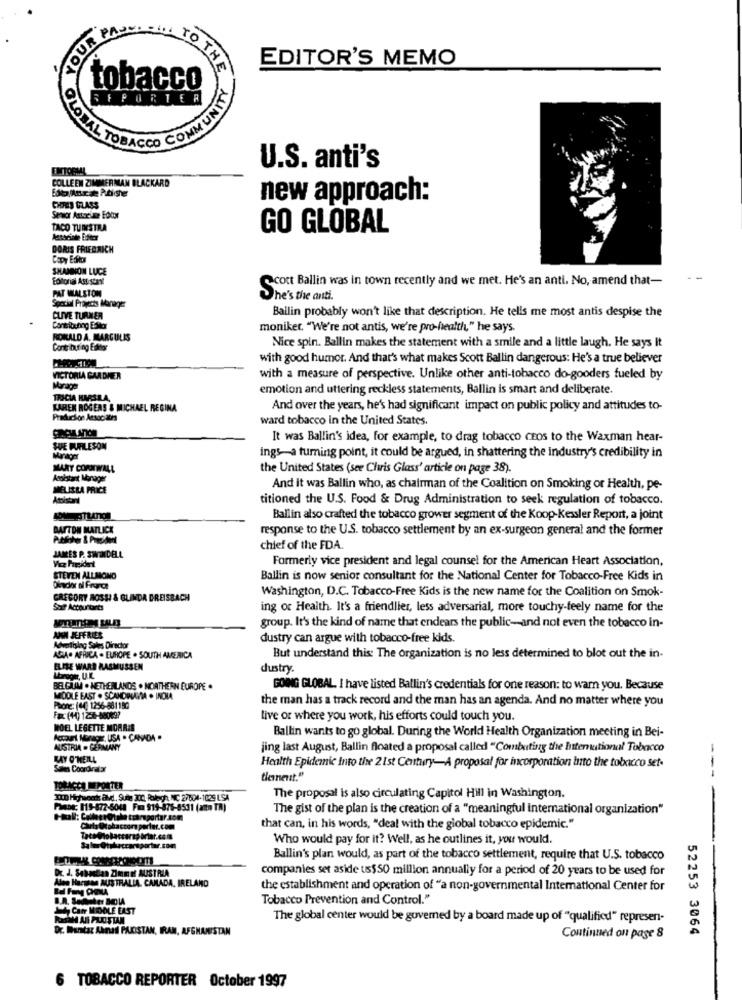
YOUR
TH
EDITOR'S MEMO
tobacco
PORTER
MUN
EMTORMY
U.S. anti's
COLLEEN ZIMMERMAN BLACKARD
new approach:
CHIES GLASS
Senior Attarianne Edoor
TACO TUINSTRA
GO GLOBAL
Associate Editor
DORIS FRIEDRICH
Copy Editor
SHANNON LUCE
Fotorial Ast stat
--
PAT WALSTON
Scott Ballin was in town recently and we met. He's an anti. No, amend that-
She's the anti.
Special Projects Manager
Bailin probably won't like that description. He tells me most antis despise the
CLIVE TURNER
Contributing Editor
moniker, "We're not antis, we're pro-health," he says.
RONALD A. MARGULIS
Nice spin. Ballin makes the statement with a smile and a little laugh. He says It
Contributing Editor
with good humor. And that's what makes Scott Ballin dangerous: He's a true believer
VICTORLA GARDHER
with a measure of perspective. Unlike other anti-tobacco do-gooders fueled by
emotion and uttering reckless statements, Ballin is smart and deliberate.
TRICIA HARSLA,
KAREN ROGERS & MICHAEL REGINA
And over the years, he's had significant impact on public policy and attitudes to-
Production Atsociales
ward tobacco in the United States.
It was Ballin's idea, for example, to drag tobacco CEos to the Waxman hear-
SUE PUFILESON
ings-a turning point, it could be argued, in shattering the industry's credibility in
MARY CORNWALL
the United States (see Chris Glass' article on page 38).
Assistant Manager
MELISSA PRICE
And it was Ballin who, as chairman of the Coalition on Smoking or Health, pe-
Assistant
titioned the U.S. Food & Drug Administration to seek regulation of tobacco.
Ballin also crafted the tobacco grower segment of the Koop-Kessler Report, a joint
BASTON MATLICK
response to the U.S. tobacco settlement by an ex-surgeon general and the former
chief of the FDA.
JAMES P. SWINDELL
Formerly vice president and legal counsel for the American Heart Association,
Vice President
STEVEN ALLMOND
Ballin is now senior consultant for the National Center for Tobacco-Free Kids in
Dindar a france
Washington, D.C. Tobacco-Free Kids is the new name for the Coalition on Smok-
GREGORY AOSHI & GLINDA DREISBACH
Sair Accountarts
ing of Health. It's a friendlier, less adversarial, more touchy-feely name for the
group. It's the kind of name that endears the public-and not even the tobacco in-
ANN JEFFRIES
dustry can argue with tobacco-free kids.
Advertislag Sales Director
ASIA. AFRICA . EUROPE . SOUTH AMERICA
But understand this: The organization is no less determined to blot out the in-
ELISE WARD RASMUSSEN
dustry.
BELGIUM . NETHERLANDS . NORTHERN EUROPE .
GOING GLOBAL, I have listed Ballin's credentials for one reason: to warn you. Because
MODLE EAST . SCANDRUMA . INCHIA
the man has a track record and the man has an agenda. And no matter where you
Phone: (44) 1256-881190
Fax:(44) 1256-880697
Live or where you work, his efforts could touch you.
HOEL LEGETTE MORRIS
Ballin wants to go global. During the World Health Organization meeting in Bei-
Account Manager, USA . CANADA .
AUSTRIA . GERMANY
jing last August, Ballin floated a proposal called "Combating the International Tobacco
KAY O'NEILL
Sales Coordinator
Health Epidemic Into the 21st Century-A proposal for incorporation luito the tobacco set-
tlenest."
---
TORACCA DEPORTER
XXD Highwoch avdl, Sute 300, Rolegh, NC 27624-1029 LSA
The proposal is also circulating Capitol Hill in Washington.
PORDE: 119-872-5048 Fim 919-876-5531 (amn TR)
The gist of the plan is the creation of a "meaningful international organization"
Chris @tabaccom porter.com
that can, in his words, "deal with the global tobacco epidemic."
Who would pay for it? Well, as he outlines it, you would.
Ballin's plan would, as part of the tobacco settlement, require that U.S. tobacco
Dr. J. Sebastian Zimm of AUSTRIA
companies set aside us$50 million annually for a period of 20 years to be used for
Ales Hacmien AUSTRALIA, CANADA, IRELAND
the establishment and operation of "a non-governmental International Center for
Tobacco Prevention and Control."
Carr MIDDLE EAST
The global center would be governed by a board made up of "qualified" represen-
Dr. Wuntar Aknad PAKISTAN, IRAN, AFGHANISTAN
52253 3064
Continued on page 8
6 TOBACCO REPORTER October 1997